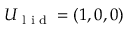
U _ { \textrm { l i d } } = ( 1 , 0 , 0 )